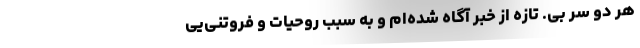
هر دو سر بی. تازه از خبر آگاه شده‌ام و به سبب روحیات و فروتنی‌‌یی